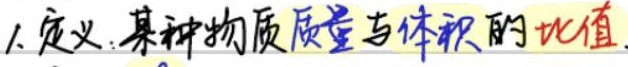
1. 定义：某种物质质量与体积的比值。